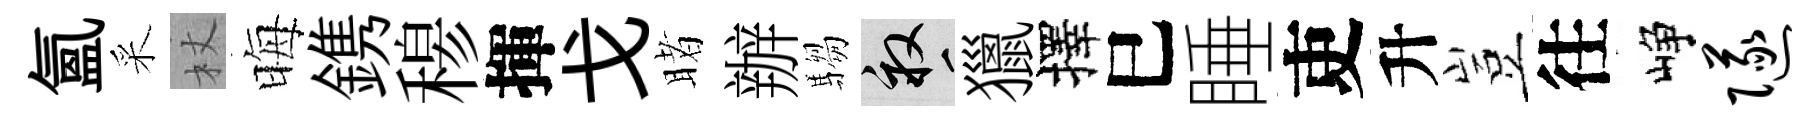
氳采杖晦鎸𥠇揮戈睹辦騶畝獵擇巳睡吏升豈往峥隧